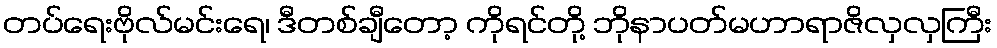
တပ်ရေးဗိုလ်မင်းရေ၊ ဒီတစ်ချီတော့ ကိုရင်တို့ ဘိုနာပတ်မဟာရာဇိလှလှကြီး